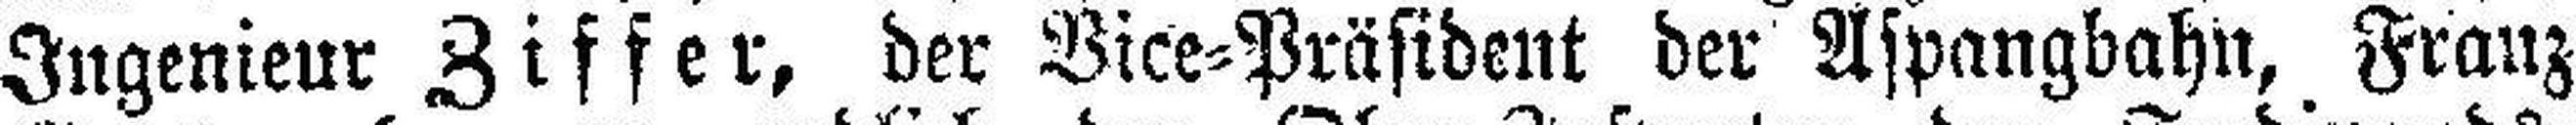
Ingenieur Ziffer, der Vice=Präsident der Aspangbahn, Franz